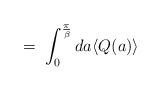
\begin{align*}\;=\; \int_0^{\frac{\pi}{\beta}} d a \langle Q(a) \rangle\end{align*}